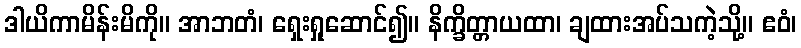
ဒါယိကာမိန်းမိကို။ အာဘတံ၊ ရှေးရှုဆောင်၍။ နိက္ခိတ္တာယထာ၊ ချထားအပ်သကဲ့သို့။ ဧဝံ၊